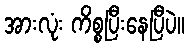
အားလုံး ကိစ္စပြီးနေပြီပဲ။